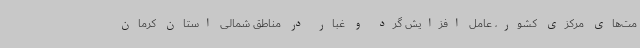
مت‌های مرکزی کشور، عامل افزایش گرد و غبار در مناطق شمالی استان کرمان